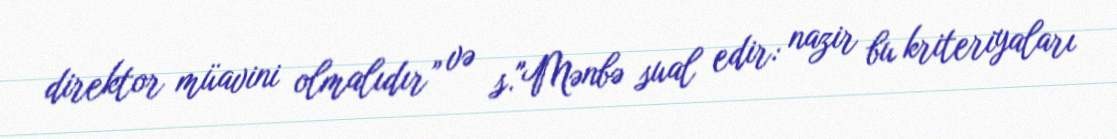
direktor müavini olmalıdır” və s."Mənbə sual edir: nazir bu kriteriyaları